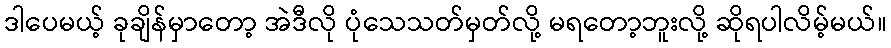
ဒါပေမယ့် ခုချိန်မှာတော့ အဲဒီလို ပုံသေသတ်မှတ်လို့ မရတော့ဘူးလို့ ဆိုရပါလိမ့်မယ်။